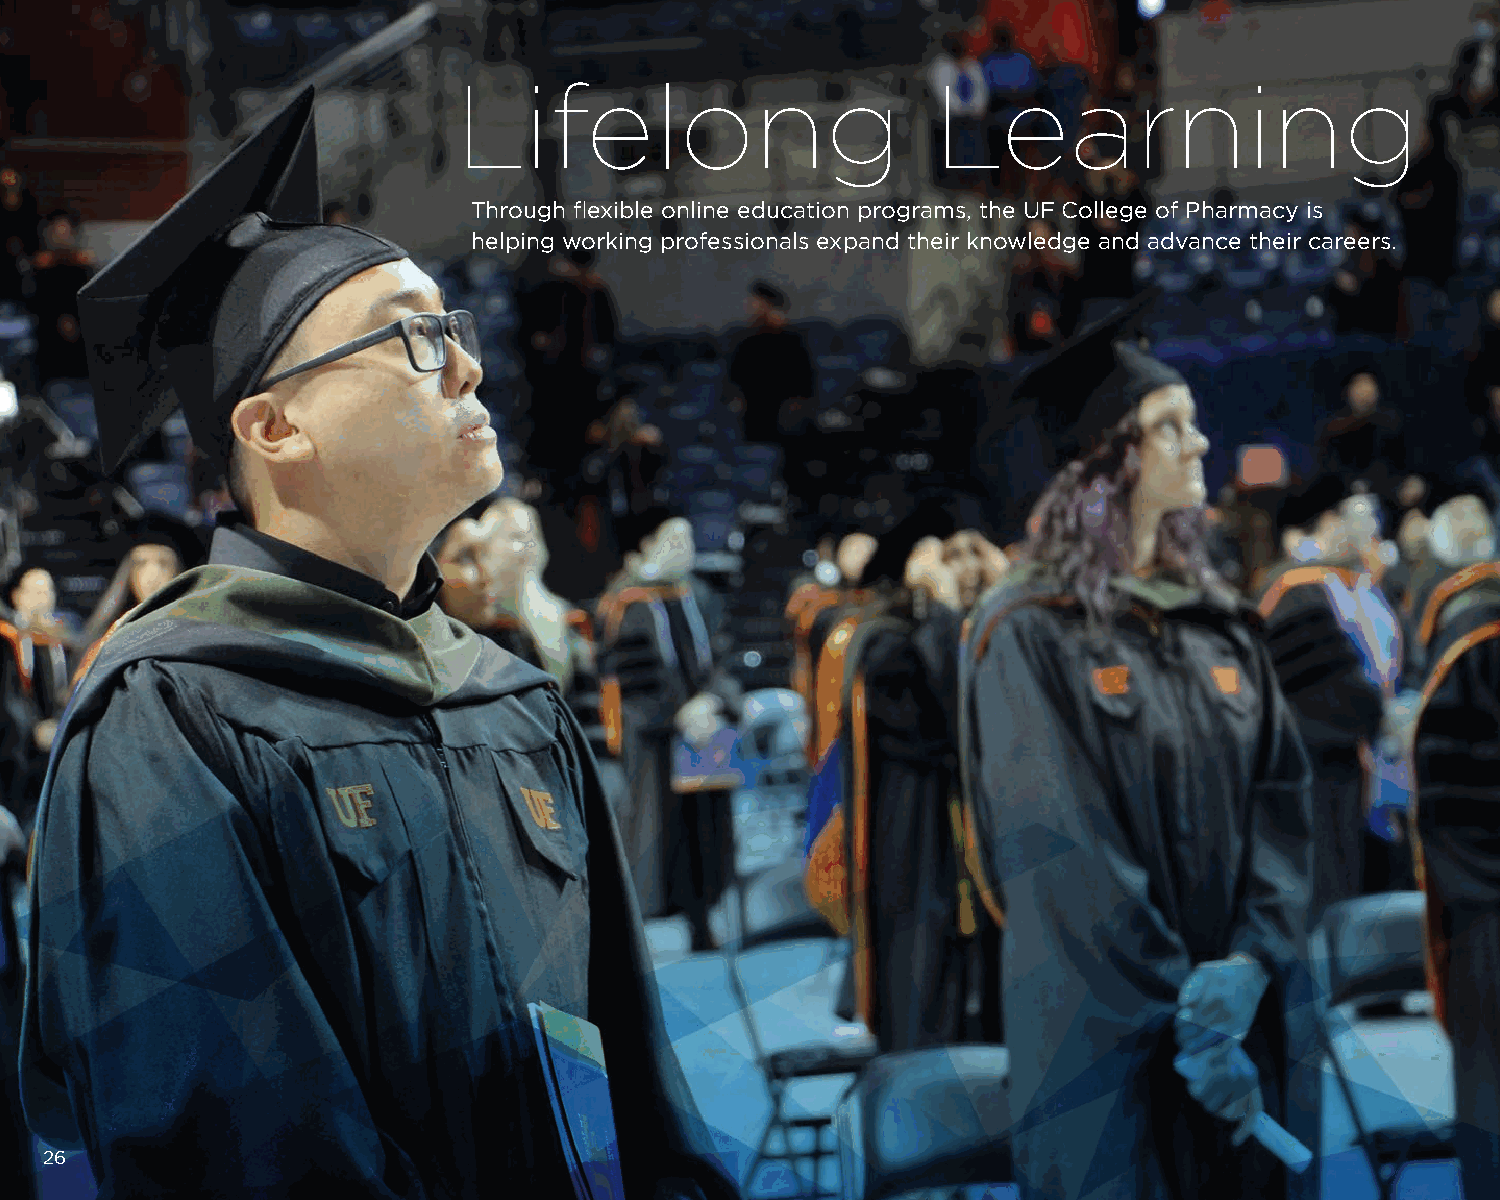
Lifelong                        Learning
 Through flexible online education programs, the UF College of Pharmacy is
 helping working professionals expand their knowledge and advance their careers.
 26